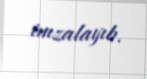
imzalayıb.